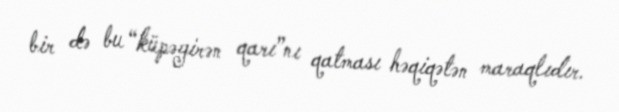
bir də bu “küpəgirən qarı”nı qatması həqiqətən maraqlıdır.